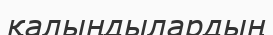
қалыңдылардың